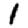
Digit: 1